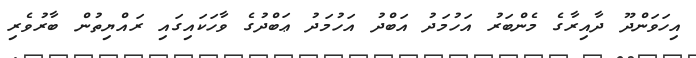
އިހަވަންދޫ ދާއިރާގެ މެންބަރު އަހުމަދު އަބްދު އަހުމަދު ޢަބްދުގެ ވާހަކައިގައި ރައްޔިތުން ބާރުވެރި